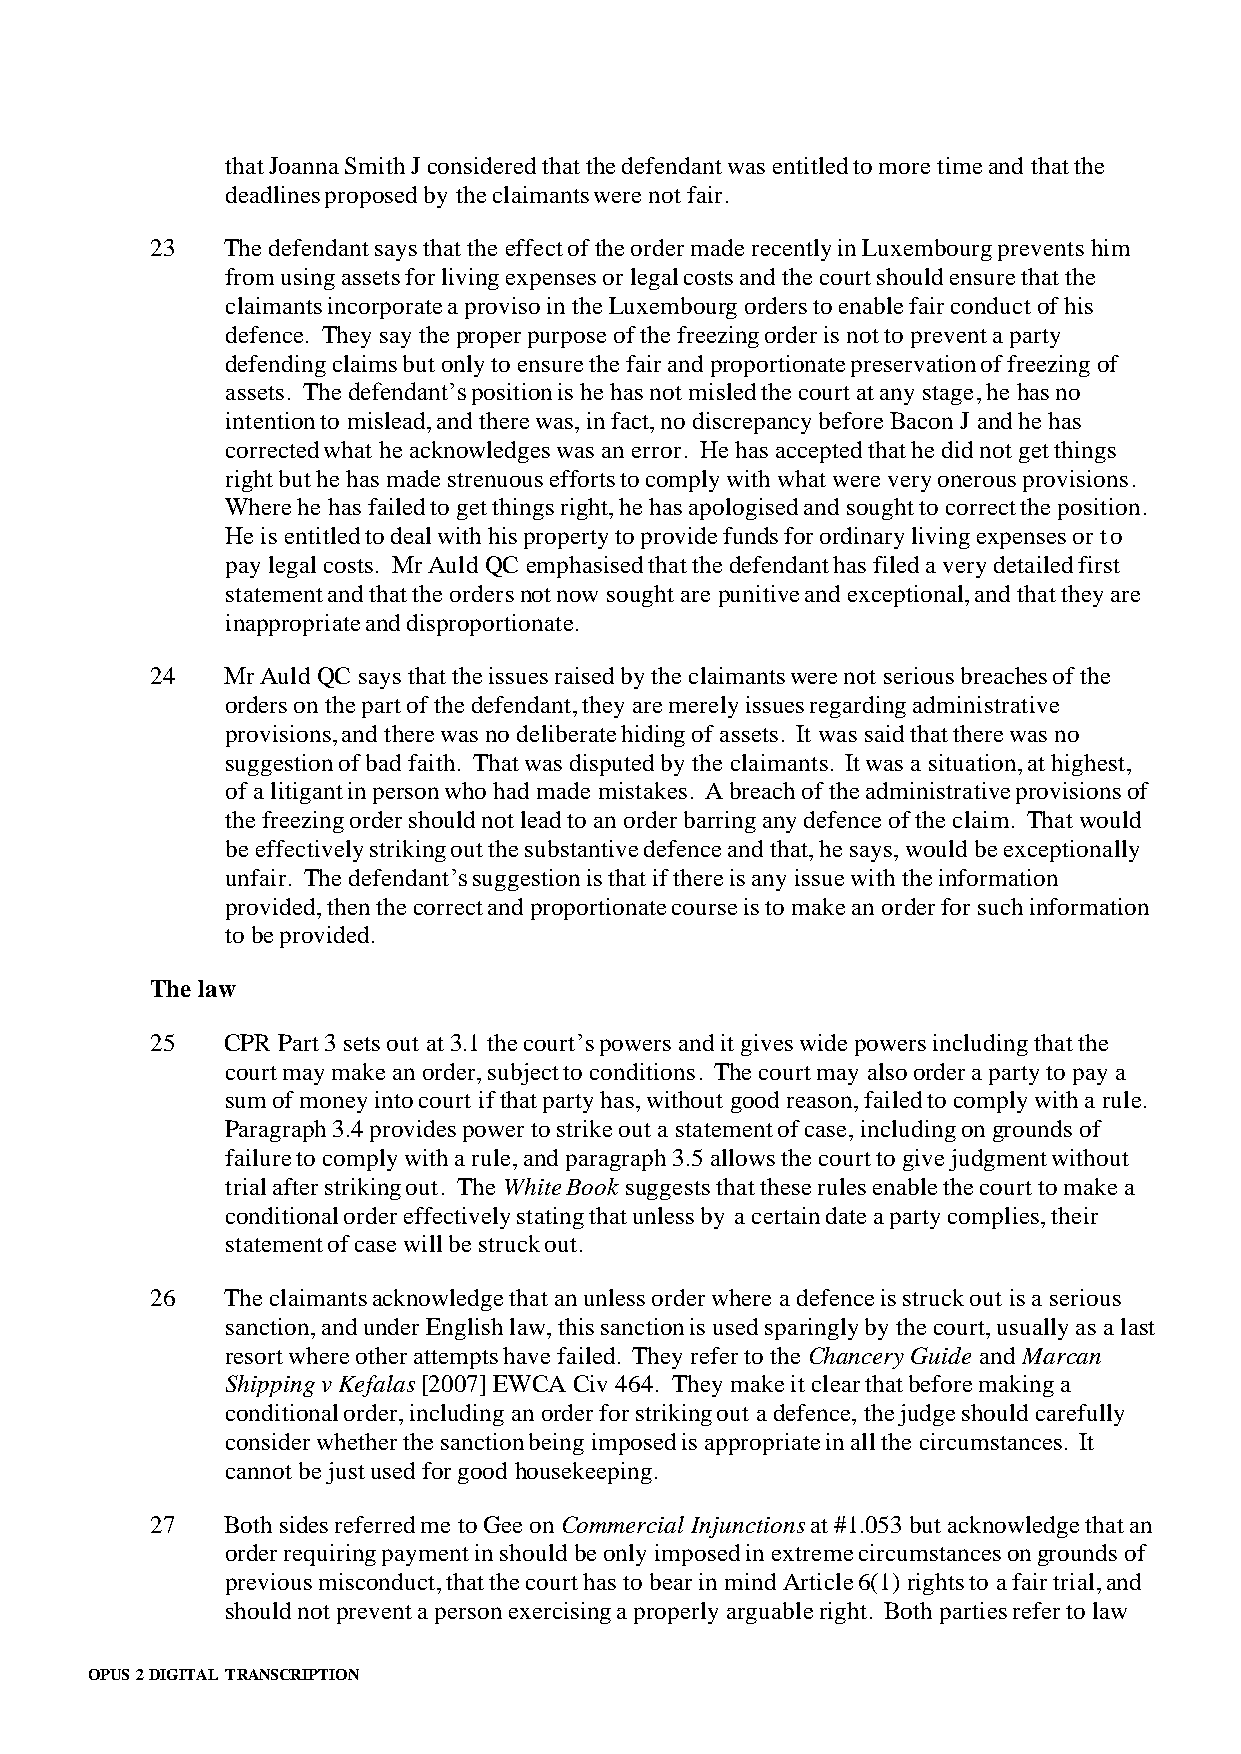
that Joanna Smith J considered that the defendant was entitled to more time and that the
 deadlines proposed by the claimants were not fair.
 23   The defendant says that the effect of the order made recently in Luxembourg prevents him
 from using assets for living expenses or legal costs and the court should ensure that the
 claimants incorporate a proviso in the Luxembourg orders to enable fair conduct of his
 defence. They say the proper purpose of the freezing order is not to prevent a party
 defending claims but only to ensure the fair and proportionate preservation of freezing of
 assets. The defendant’s position is he has not misled the court at any stage, he has no
 intention to mislead, and there was, in fact, no discrepancy before Bacon J and he has
 corrected what he acknowledges was an error. He has accepted that he did not get things
 right but he has made strenuous efforts to comply with what were very onerous provisions.
 Where he has failed to get things right, he has apologised and sought to correct the position.
 He is entitled to deal with his property to provide funds for ordinary living expenses or to
 pay legal costs. Mr Auld QC emphasised that the defendant has filed a very detailed first
 statement and that the orders not now sought are punitive and exceptional, and that they are
 inappropriate and disproportionate.
 24   Mr Auld QC says that the issues raised by the claimants were not serious breaches of the
 orders on the part of the defendant, they are merely issues regarding administrative
 provisions, and there was no deliberate hiding of assets. It was said that there was no
 suggestion of bad faith. That was disputed by the claimants. It was a situation, at highest,
 of a litigant in person who had made mistakes. A breach of the administrative provisions of
 the freezing order should not lead to an order barring any defence of the claim. That would
 be effectively striking out the substantive defence and that, he says, would be exceptionally
 unfair. The defendant’s suggestion is that if there is any issue with the information
 provided, then the correct and proportionate course is to make an order for such information
 to be provided.
 The law
 25   CPR Part 3 sets out at 3.1 the court’s powers and it gives wide powers including that the
 court may make an order, subject to conditions. The court may also order a party to pay a
 sum of money into court if that party has, without good reason, failed to comply with a rule.
 Paragraph 3.4 provides power to strike out a statement of case, including on grounds of
 failure to comply with a rule, and paragraph 3.5 allows the court to give judgment without
 trial after striking out. The White Book suggests that these rules enable the court to make a
 conditional order effectively stating that unless by a certain date a party complies, their
 statement of case will be struck out.
 26   The claimants acknowledge that an unless order where a defence is struck out is a serious
 sanction, and under English law, this sanction is used sparingly by the court, usually as a last
 resort where other attempts have failed. They refer to the Chancery Guide and Marcan
 Shipping v Kefalas [2007] EWCA Civ 464. They make it clear that before making a
 conditional order, including an order for striking out a defence, the judge should carefully
 consider whether the sanction being imposed is appropriate in all the circumstances. It
 cannot be just used for good housekeeping.
 27   Both sides referred me to Gee on Commercial Injunctions at #1.053 but acknowledge that an
 order requiring payment in should be only imposed in extreme circumstances on grounds of
 previous misconduct, that the court has to bear in mind Article 6(1) rights to a fair trial, and
 should not prevent a person exercising a properly arguable right. Both parties refer to law
 OPUS 2 DIGITAL TRANSCRIPTION